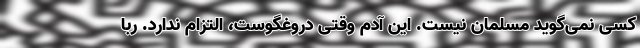
کسی نمی‌گوید مسلمان نیست. این آدم وقتی دروغگوست، التزام ندارد. ربا